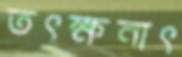
তৎক্ষনাৎ